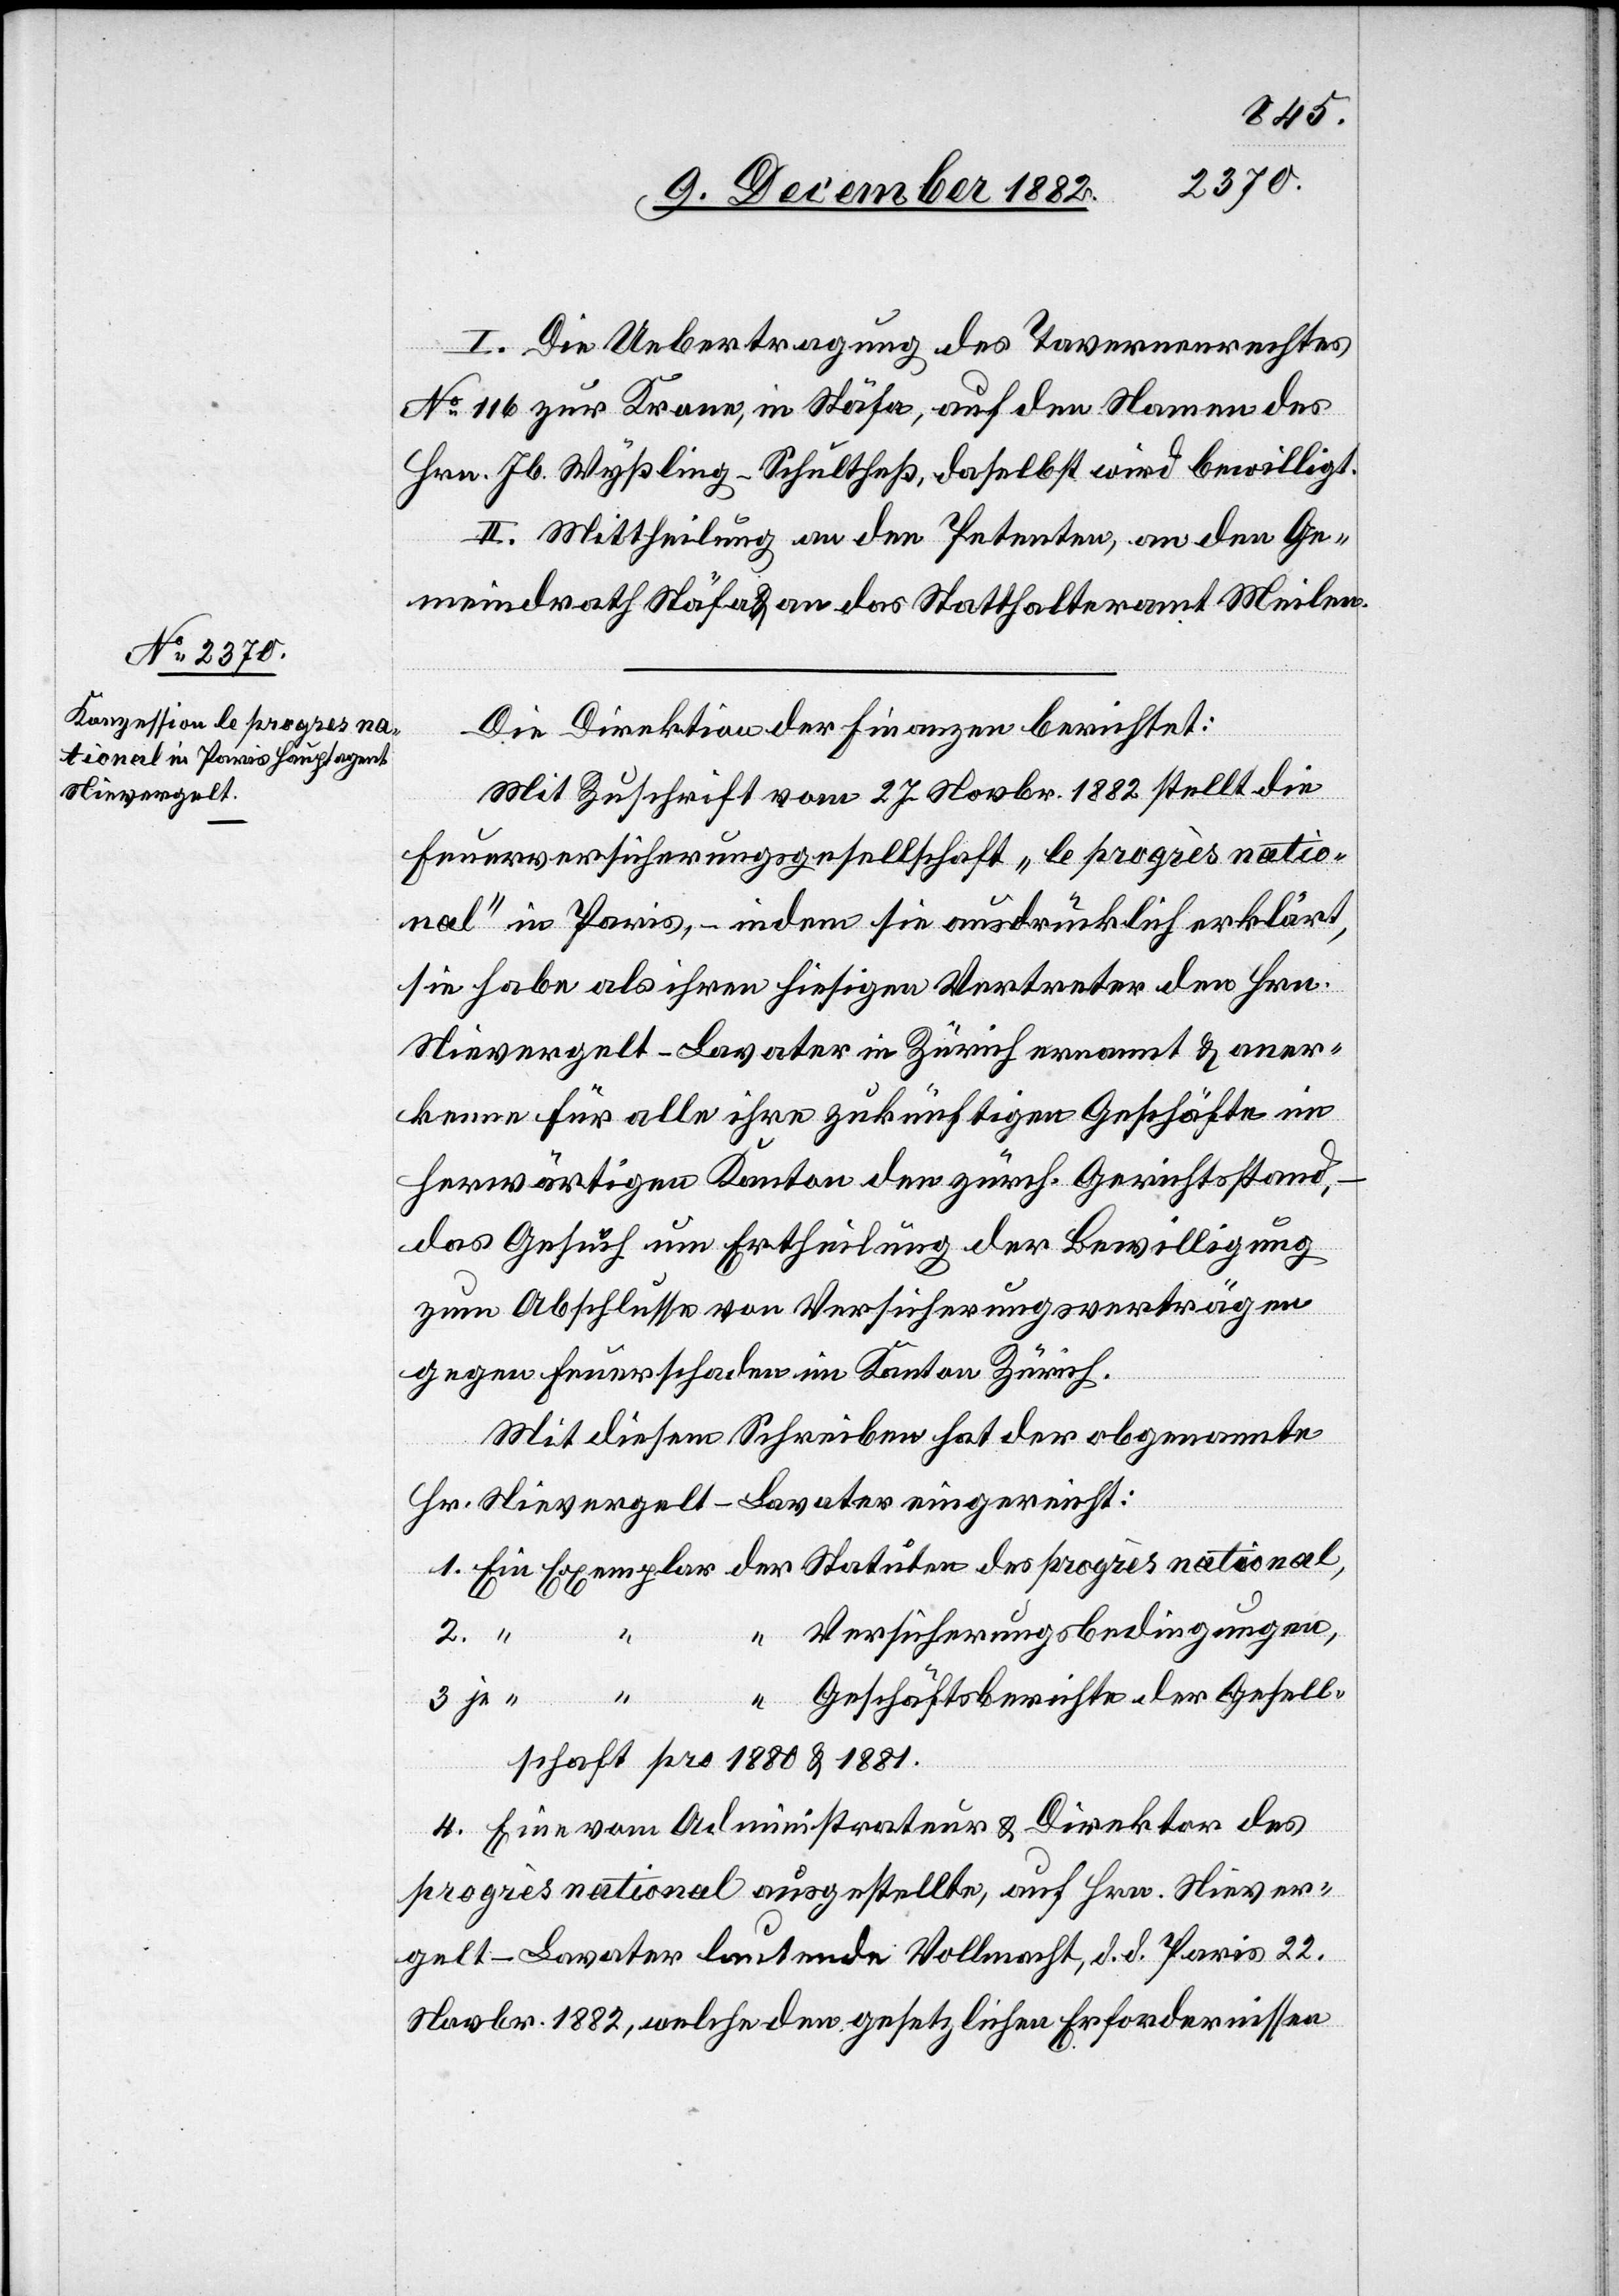
Stauten
I. Die Uebertragung des Tavernenrechtes
No 116 zur Krone, in Stäfa, auf den Namen des
Hrn. Jb. Wyßling-Schultheß, daselbst wird bewilligt.
II. Mittheilung an den Petenten, an den Ge¬
meindrath Stäfa & an das Statthalteramt Meilen.
3.
Die Direktion der Finanzen berichtet:
Mit Zuschrift vom 27. Novbr. 1882 stellt die
Feuerversicherungsgesellschaft „le progrès nation¬
nötig} in Paris, – indem sie ausdrücklich erklärt,
sie habe als ihren hiesigen Vertreter den Hrn.
Nievergelt-Lavater in Zürich ernannt & aner¬
kenne für alle ihre zukünftigen Geschäfte im
herwärtigen Kanton den zürch. Gerichtsstand,
das Gesuch um Ertheilung der Bewilligung
zum Abschlusse von Versicherungsverträgen
gegen Feuerschaden im Kanton Zürich.
Mit diesem Schreiben hat der obgenannte
Hr. Nievergelt-Lavater eingereicht:
Versicherungsbedingungen,
Geschäftsberichte der Gesell¬
schaft pro 1880 & 1881.
4. Eine vom Administrateur & Direktor des
progrès national ausgestellte, auf Hrn. Niever¬
gelt-Lavater lautende Vollmacht, d. d. Paris 22.
Novbr. 1882, welche den gesetzlichen Erfordernissen